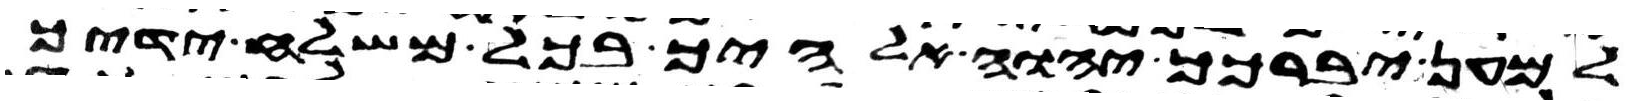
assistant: למען יברכך יהוה אלהיך בכל משלח ידיך